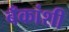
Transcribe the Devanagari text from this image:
बँकांशी